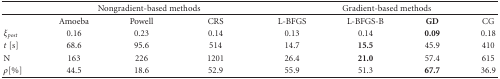
<table><thead><tr><td></td><td colspan="3"><b>Nongradient-based methods</b></td><td colspan="4"><b>Gradient-based methods</b></td></tr></thead><tbody><tr><td></td><td>Amoeba</td><td>Powell</td><td>CRS</td><td>L-BFGS</td><td>L-BFGS-B</td><td><b>GD</b></td><td>CG</td></tr><tr><td><i>ξ</i><sub><i>p</i><i>o</i><i>s</i><i>t</i></sub></td><td>0.16</td><td>0.23</td><td>0.14</td><td>0.13</td><td>0.14</td><td><b>0.09</b></td><td>0.18</td></tr><tr><td><i>t</i> [s]</td><td>68.6</td><td>95.6</td><td>514</td><td>14.7</td><td><b>15.5</b></td><td>45.9</td><td>410</td></tr><tr><td>N</td><td>163</td><td>226</td><td>1201</td><td>26.4</td><td><b>21.0</b></td><td>57.4</td><td>615</td></tr><tr><td><i>ρ</i> [%]</td><td>44.5</td><td>18.6</td><td>52.9</td><td>55.9</td><td>51.3</td><td><b>67.7</b></td><td>36.9</td></tr></tbody></table>